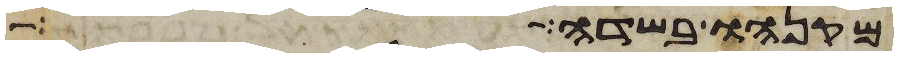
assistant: מקנהו בשדה